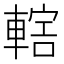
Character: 𨍤